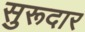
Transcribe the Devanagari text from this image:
सुरूदार